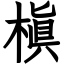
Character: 槇